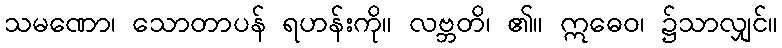
သမဏော၊ သောတာပန် ရဟန်းကို။ လဗ္ဘတိ၊ ၏။ ဣဓေဝ၊ ၌သာလျှင်။